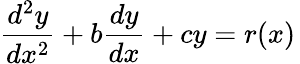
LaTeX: {\frac{d^{2}y}{dx^{2}}}+b{\frac{dy}{dx}}+cy=r(x)\,